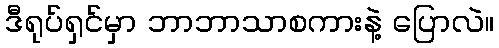
ဒီရုပ်ရှင်မှာ ဘာဘာသာစကားနဲ့ ပြောလဲ။